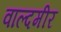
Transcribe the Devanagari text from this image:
वाल्दमीर